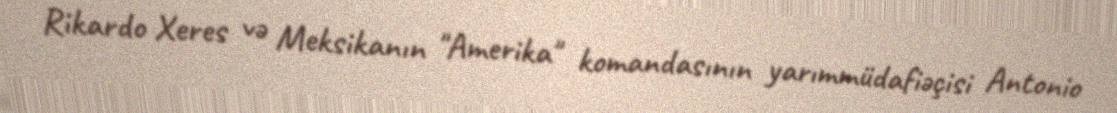
Rikardo Xeres və Meksikanın "Amerika" komandasının yarımmüdafiəçisi Antonio